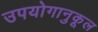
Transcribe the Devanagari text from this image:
उपयोगानुकूल